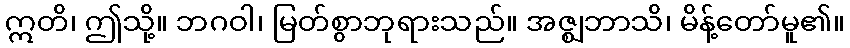
ဣတိ၊ ဤသို့။ ဘဂဝါ၊ မြတ်စွာဘုရားသည်။ အဇ္ဈဘာသိ၊ မိန့်တော်မူ၏။